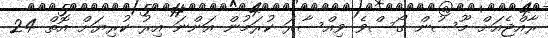
ރާއްޖެއަށް މޫސުން ގޯސްވެ ވިއްސާރަ ކުރަމުން އަންނަ އިރު ކުރިޔަށް އޮތް 24